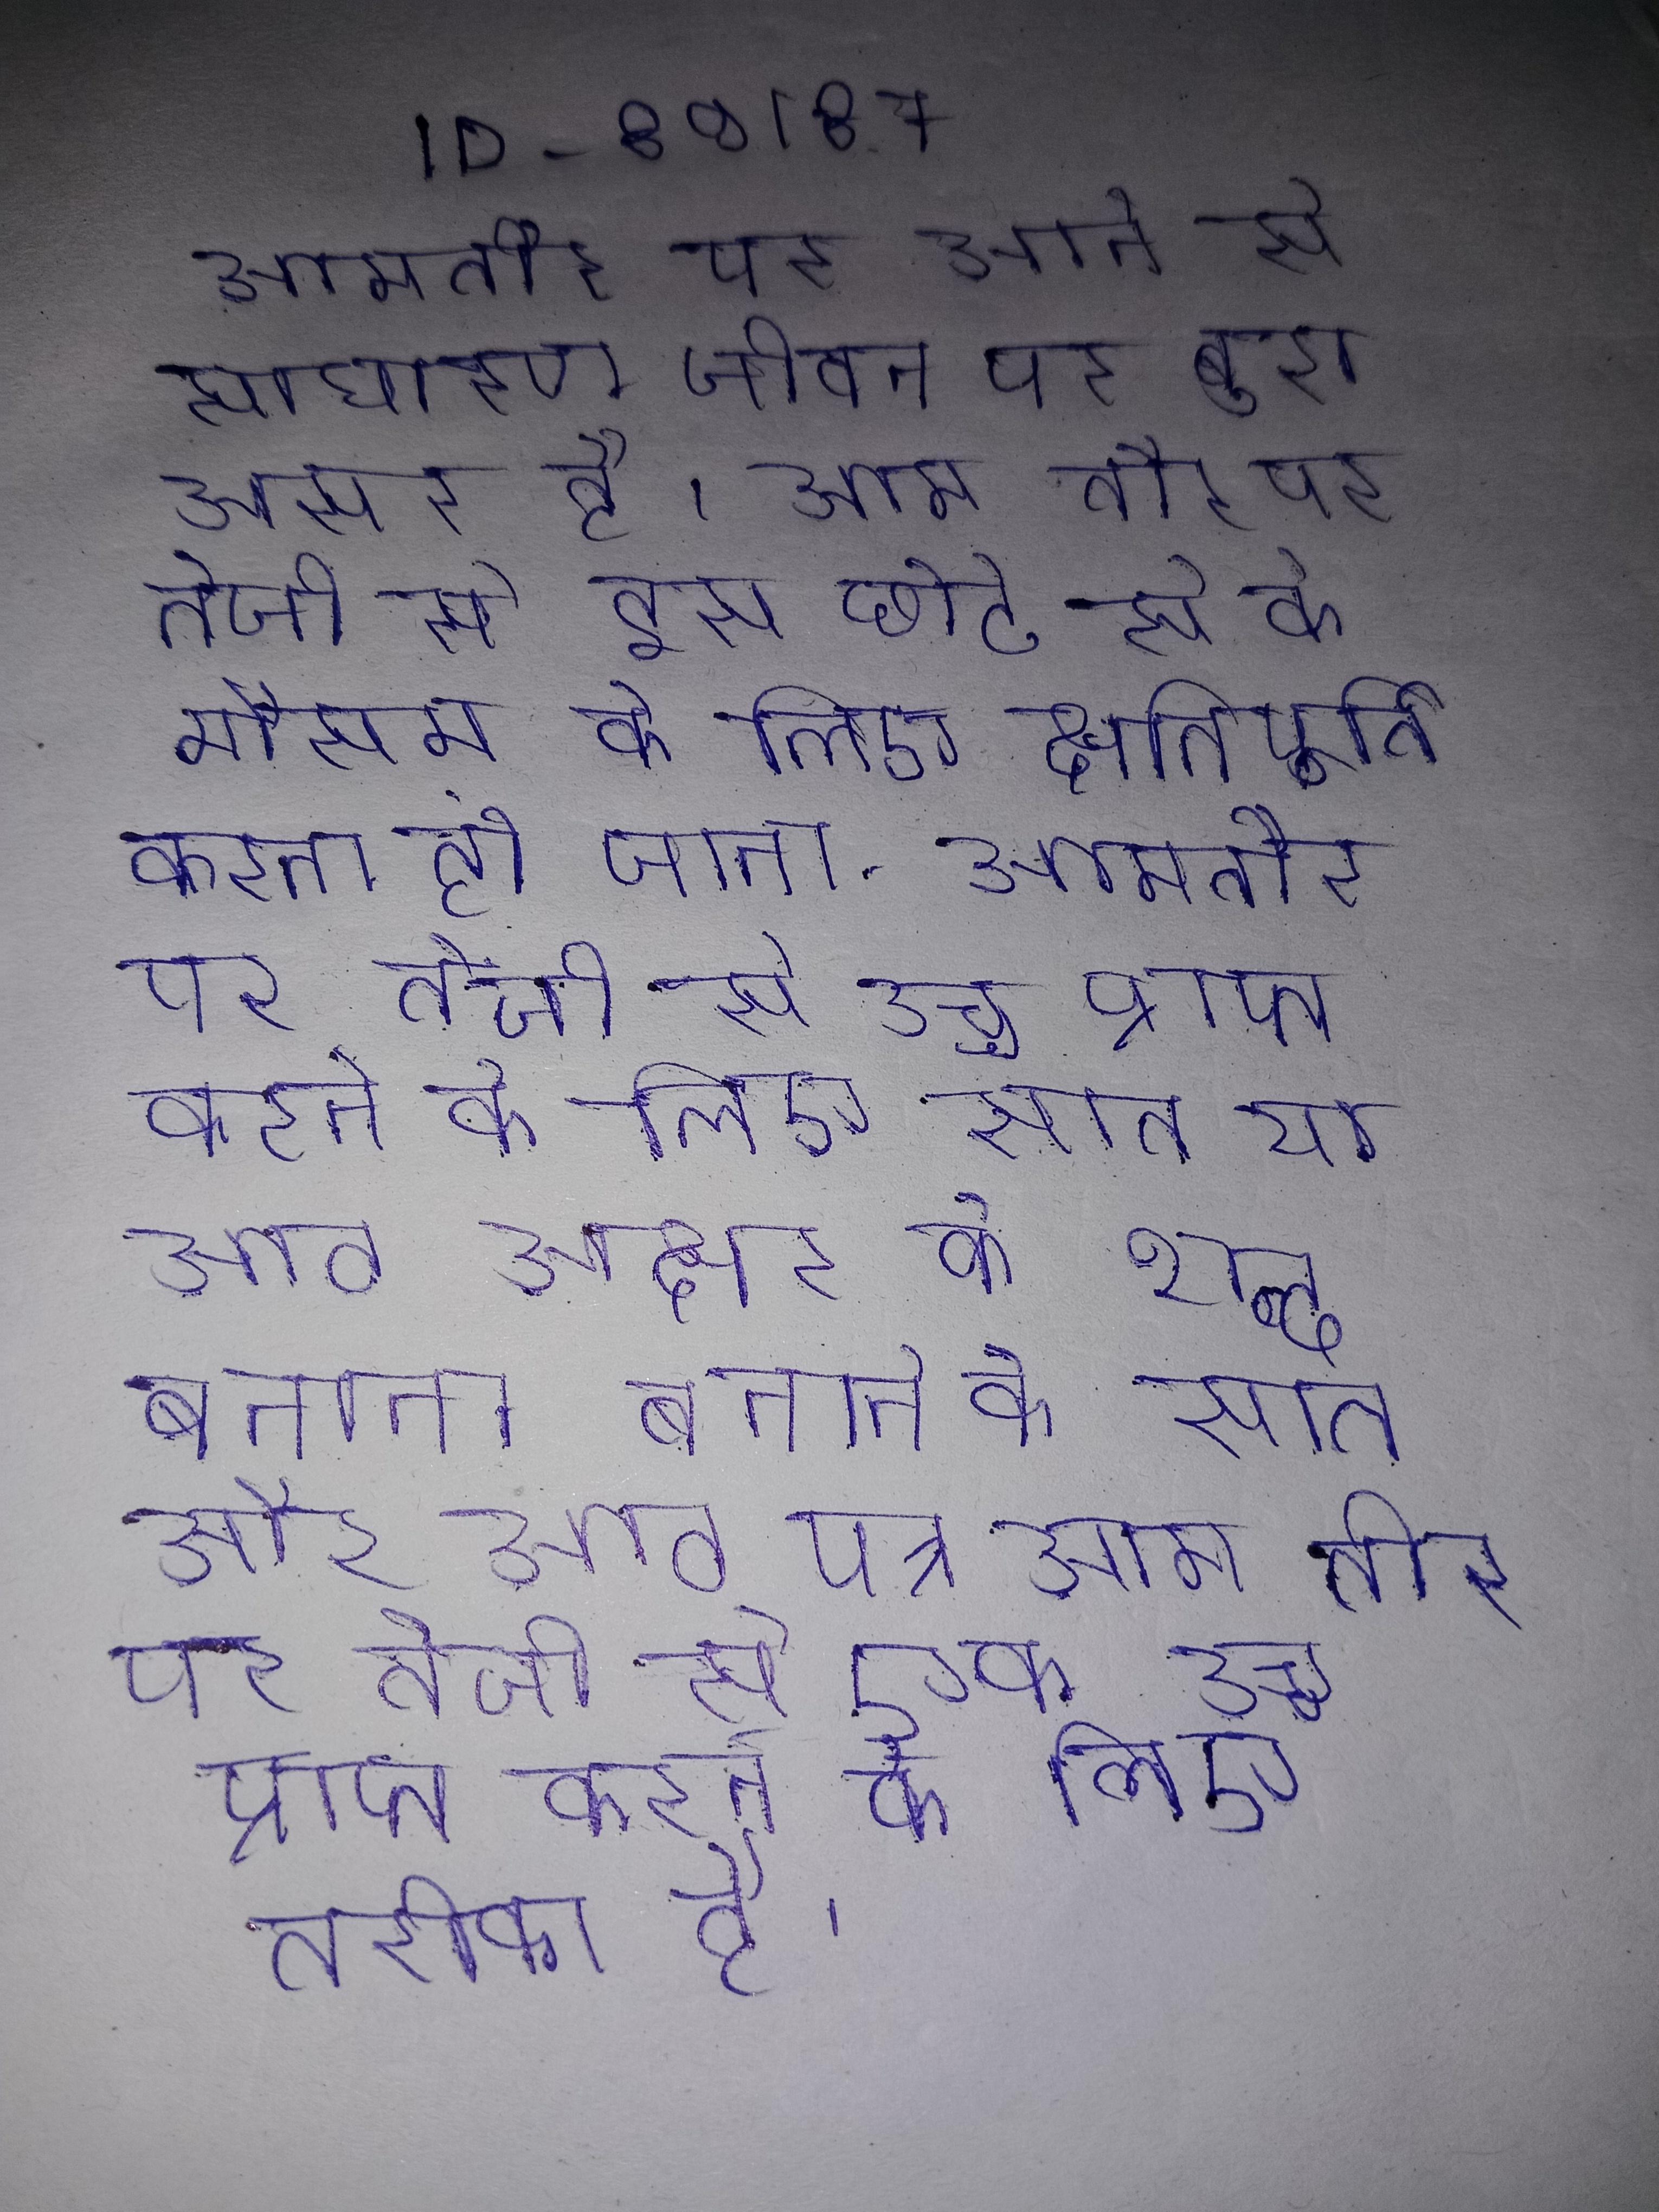
आमतौर पर आने से साधारण जीवन पर बुरा असर है । आम तौर पर तेजी से इस छोटे से के मौसम के लिए क्षतिपूर्ति करना हो जाना . आमतौर पर तेजी से उच्च प्राप्त करने के लिए सात या आठ अक्षर के शब्द बनाना बनाने के सात और आठ पत्र आम तौर पर तेजी से एक उच्च प्राप्त करने के लिए तरीका है ।